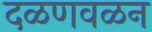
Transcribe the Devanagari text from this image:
दळणवळन